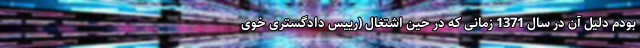
بودم دلیل آن در سال 1371 زمانی که در حین اشتغال (رییس دادگستری خوی